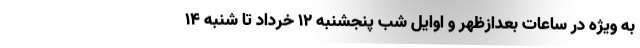
به ویژه در ساعات بعدازظهر و اوایل شب پنجشنبه ۱۲ خرداد تا شنبه ۱۴